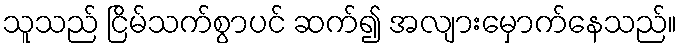
သူသည် ငြိမ်သက်စွာပင် ဆက်၍ အလျားမှောက်နေသည်။